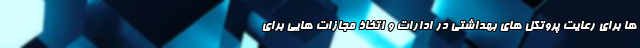
ها برای رعایت پروتکل های بهداشتی در ادارات و اتخاذ مجازات هایی برای